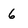
Character: 6